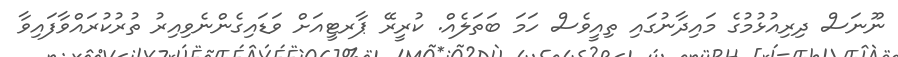
ނޫނަސް ދިރިއުޅުމުގެ މައިދާނުގައި ތިއީވެސް ހަމަ ބަތަލެއް. ކުރީރޭ ޕާރޓީއަށް ވަޑައިގެންނެވިއިރު ތުރުކުރައްވާފައިވާ